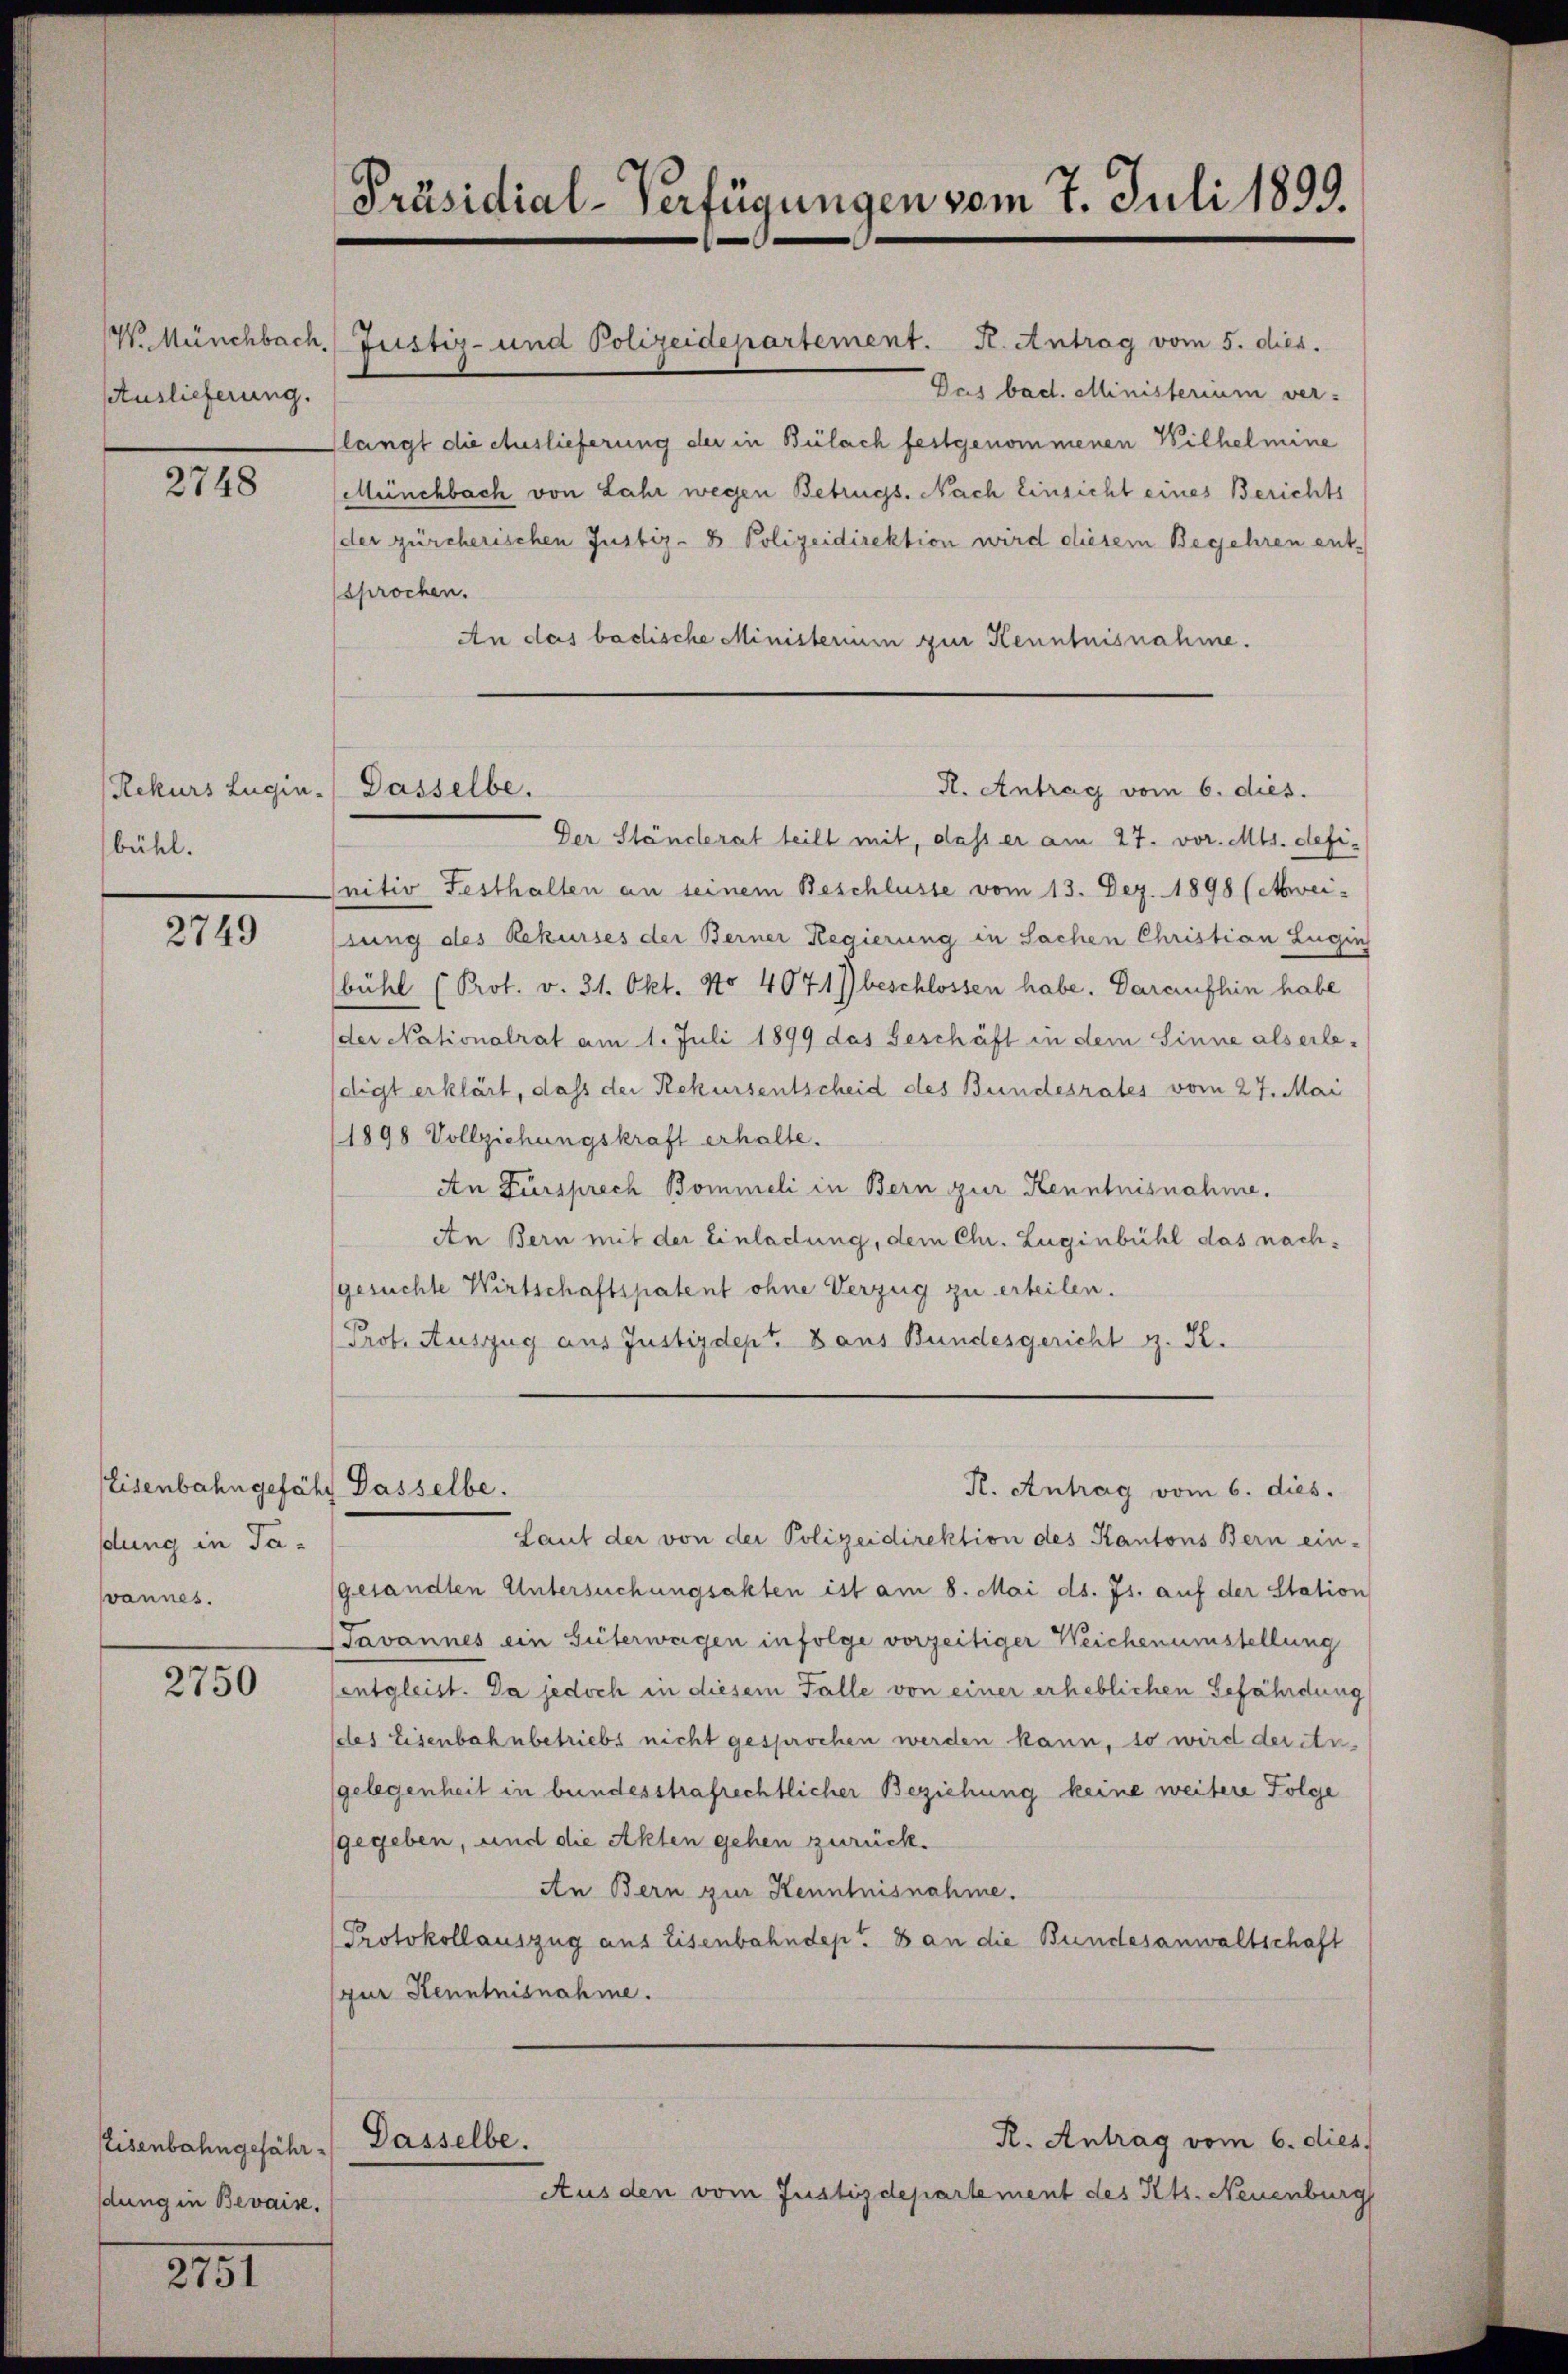
W. Münchbach.
Auslieferung.

2748

bühl.

2749

Eisenbahngefähr Dasselbe.
dung in Tavannes.

2750

Eisenbahngefähr. Dasselbe.
dung in Bevaise.

2751

Rekurs Lugin. Dasselbe.

Präsidial-Verfügungen vom 7. Juli 1899.

Das bad. Ministerium ver-
slangt die Auslieferung der in Bülach festgenommenen Wilhelmine
Münchbach von Lahr wegen Betrugs. Nach Einsicht eines Berichts
der zürcherischen Justiz- & Polizeidirektion wird diesem Begehren ent-
sprochen.
An das badische Ministerium zur Kenntnisnahme.

Justiz- und Polizeidepartement. K. Antrag vom 5. dies.

R. Antrag vom 6. dies.

R. Antrag vom 6. dies.

Der Ständerat teilt mit, dass er am 27. vor. Mts. definitiv Festhalten an seinem Beschlüsse vom 13. Dez. 1898 (Aweizung des Rekurses der Berner Regierung in Sachen Christian Luguch
bühl (Prot. v. 31. Okt. No 4071) beschlossen habe. Daraufhin habe
der Nationalrat am 1. Juli 1899 das Geschäft in dem Sinne als erledigt erklärt, dass der Rekursentscheid des Bundesrates vom 27. Mai
1898 Vollziehungskraft erhalte.
An Fürsprech Bommeli in Bern zur Kenntnisnahme.
An Bern mit der Einladung, dem Chr. Zuginbühl das nachgesuchte Wirtschaftspatent ohne Verzug zu erteilen.
Prot. Auszug aus Justizdept. Dans Bundesgericht z. R.

Laut der von der Polizeidirektion des Kantons Bern ein-
gesandten Untersuchungsakten ist am 8. Mai d. Js. auf der Station
Javannes ein Güterwagen infolge vorzeitiger Weichenumstellung
entgleist. Da jedoch in diesem Falle von einer erheblichen Gefährdung
des Eisenbahnbetriebs nicht gesprochen werden kann, so wird der Angelegenheit in bundesstrafrechtlicher Beziehung keine weitere Folge
gegeben, und die Akten gehen zurück.
An Bern zur Kenntnisnahme.
Protokollauszug aus Eisenbahndep. 8 an die Bundesanwaltschaft
pur Kenntnisnahme.
R. Antrag vom 6. dies
Ausden vom Justizdepartement des Kts. Neuenburg